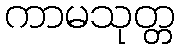
ကာမသုတ္တ